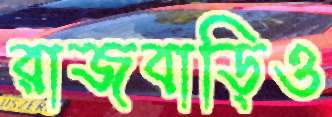
রাজবাড়িও